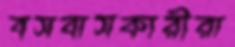
বসবাসকারীরা